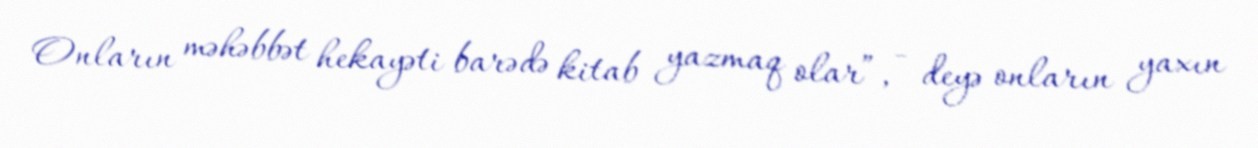
Onların məhəbbət hekayəti barədə kitab yazmaq olar”, - deyə onların yaxın